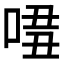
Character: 𠴾